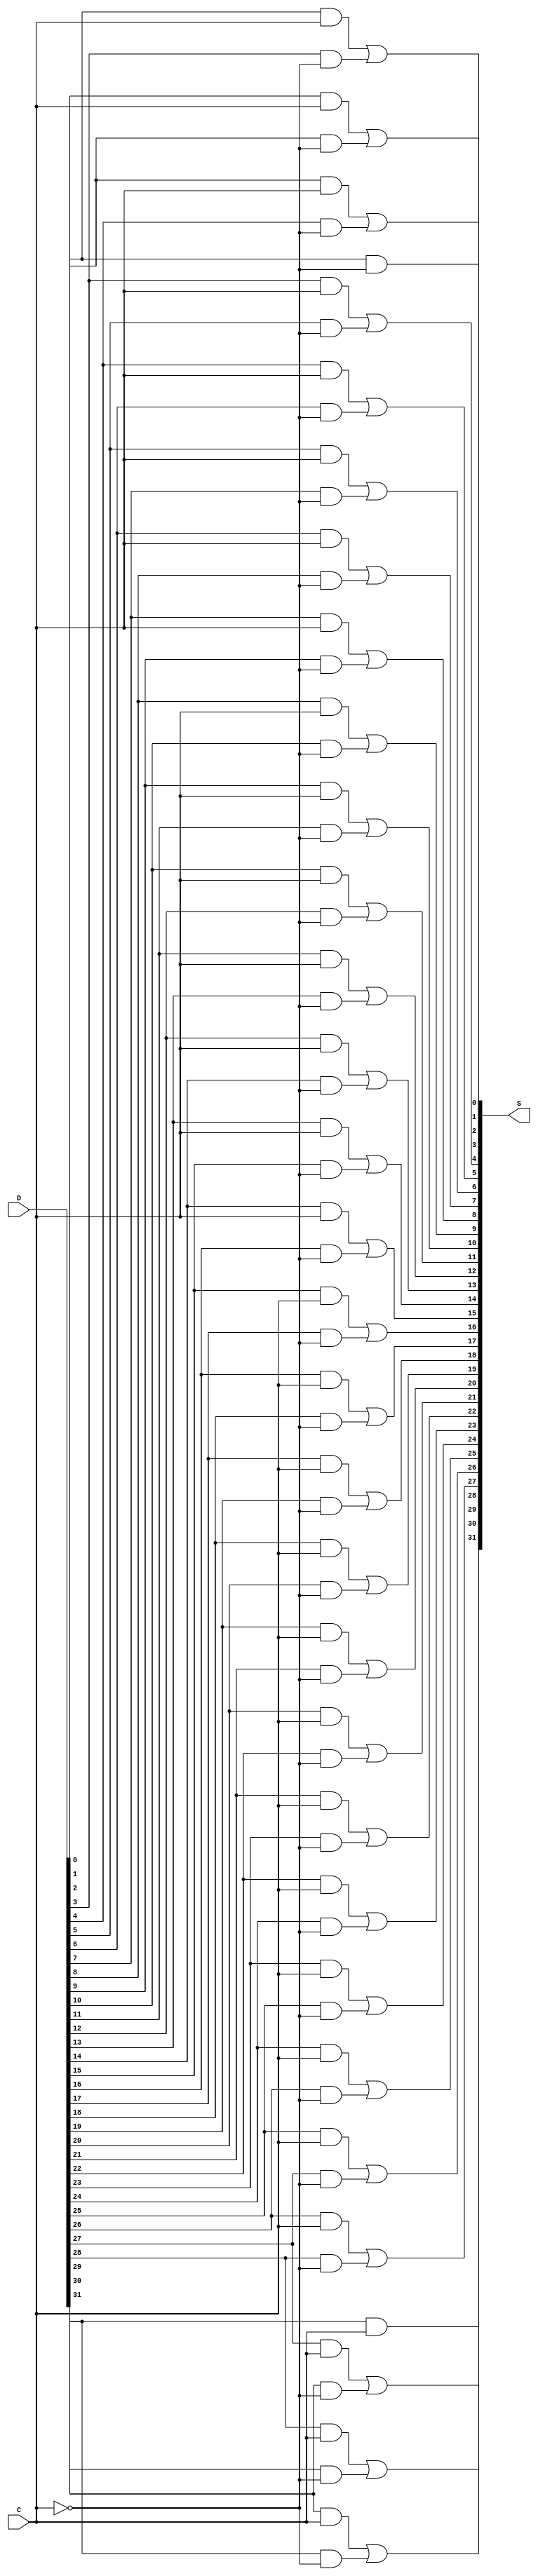
module ASHIFTER_32bit(S, D, C);

// I/O port declaration
input [31:0] D;
input C;
output [31:0] S;

//internal nets
wire C1;
wire [61:0]w;
wire G; 



//Instantiate logic gate primitives
not not1(C1,C);

and and0 (w[0], D[0],C);
and and1 (S[0], D[1],C1);
and and2 (w[2], D[1],C);
and and3 (w[3], D[2],C1);
and and4 (w[4], D[2],C);
and and5 (w[5], D[3],C1);
and and6 (w[6], D[3],C);
and and7 (w[7], D[4],C1);
and and8 (w[8], D[4],C);
and and9 (w[9], D[5],C1);
and and10(w[10], D[5],C);
and and11(w[11], D[6],C1);
and and11(w[12], D[6],C);
and and13(w[13], D[7],C1);
and and14 (w[14], D[7],C);
and and15(w[15], D[8],C1);
and and16(w[16], D[8],C);
and and17(w[17], D[9],C1);
and and18(w[18], D[9],C);
and and19(w[19], D[10],C1);
and and20(w[20], D[10],C);
and and21(w[21], D[11],C1);
and and22(w[22], D[11],C);
and and23(w[23], D[12],C1);
and and24(w[24], D[12],C);
and and25(w[25], D[13],C1);
and and26(w[26], D[13],C);
and and27(w[27], D[14],C1);
and and28(w[28], D[14],C);
and and29(w[29], D[15],C1);
and and30(w[30], D[15],C);
and and31(w[31], D[16],C1);
and and32(w[32], D[16],C);
and and33(w[33], D[17],C1);
and and34(w[34], D[17],C);
and and35(w[35], D[18],C1);
and and36(w[36], D[18],C);
and and37(w[37], D[19],C1);
and and38(w[38], D[19],C);
and and39(w[39], D[20],C1);
and and40(w[40], D[20],C);
and and41(w[41], D[21],C1);
and and42(w[42], D[21],C);
and and43(w[43], D[22],C1);
and and44(w[44], D[22],C);
and and45(w[45], D[23],C1);
and and46(w[46], D[23],C);
and and47(w[47], D[24],C1);
and and48(w[48], D[24],C);
and and49(w[49], D[25],C1);
and and50(w[50], D[25],C);
and and51(w[51], D[26],C1);
and and52(w[52], D[26],C);
and and53(w[53], D[27],C1);
and and54(w[54], D[27],C);
and and55(w[55], D[28],C1);
and and56(w[56], D[28],C);
and and57(w[57], D[29],C1);
and and58(w[58], D[29],C);
and and59(w[59], D[30],C1);
and and60(S[31], D[31],C);
and and61(w[61], D[31],C1);





or or1 (S[1], w[0], w[3]);
or or2 (S[2], w[2], w[5]);
or or3 (S[3], w[4], w[7]);
or or4 (S[4], w[6], w[9]);
or or5 (S[5], w[8], w[11]);
or or6 (S[6], w[10], w[13]);
or or7(S[7], w[12], w[15]);
or or8 (S[8], w[14], w[17]);
or or9 (S[9], w[16], w[19]);
or or10 (S[10], w[18], w[21]);
or or11 (S[11], w[20], w[23]);
or or12 (S[12], w[22], w[25]);
or or13(S[13], w[24], w[27]);
or or14(S[14], w[26], w[29]);
or or15(S[15], w[28], w[31]);
or or16(S[16], w[30], w[33]);
or or17(S[17], w[32], w[35]);
or or18(S[18], w[34], w[37]);
or or19(S[19], w[36], w[39]);
or or20(S[20], w[38], w[41]);
or or21(S[21], w[40], w[43]);
or or22(S[22], w[42], w[45]);
or or23(S[23], w[44], w[47]);
or or24(S[24], w[46], w[49]);
or or25(S[25], w[48], w[51]);
or or26(S[26], w[50], w[53]);
or or27(S[27], w[52], w[55]);
or or28(S[28], w[54], w[57]);
or or29(S[29], w[56], w[59]);
or or30(S[30], w[58], w[61]);





endmodule